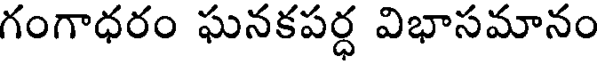
గంగాధరం ఘనకపర్ధ విభాసమానం